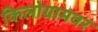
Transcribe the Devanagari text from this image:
किलोग्रामवर